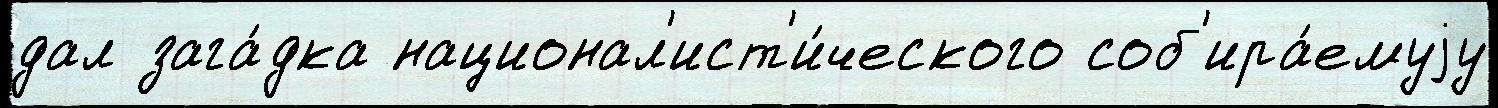
дал зага́дка национал'ист'и́ческого соб'ира́емуjу